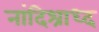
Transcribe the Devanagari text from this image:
नांदिश्राध्द